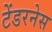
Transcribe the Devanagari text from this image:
टेंडरनेस